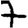
Digit: 7